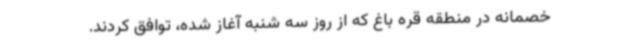
خصمانه در منطقه قره باغ که از روز سه شنبه آغاز شده، توافق کردند.